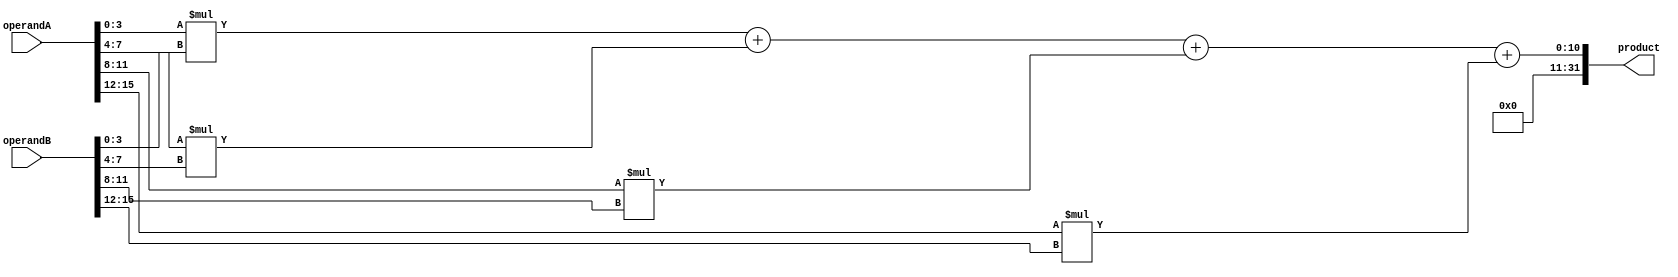
module Radix4Multiplier (
    input [15:0] operandA,
    input [15:0] operandB,
    output reg [31:0] product
);

reg [8:0] partial_product[3:0];
reg [10:0] accumulator;

integer i;

always @(*) begin
    for (i = 0; i < 4; i = i + 1) begin
        partial_product[i] = operandA[4*i+3:4*i] * operandB[4*i+3:4*i];
    end
    
    accumulator = partial_product[0] + partial_product[1] + partial_product[2] + partial_product[3];
end

assign product = accumulator;

endmodule